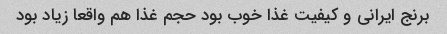
برنج ایرانی و کیفیت غذا خوب بود حجم غذا هم واقعا زیاد بود